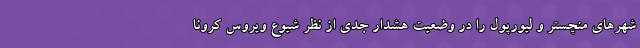
شهرهای منچستر و لیورپول را در وضعیت هشدار جدی از نظر شیوع ویروس کرونا